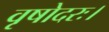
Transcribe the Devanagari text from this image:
वृषोदरः।